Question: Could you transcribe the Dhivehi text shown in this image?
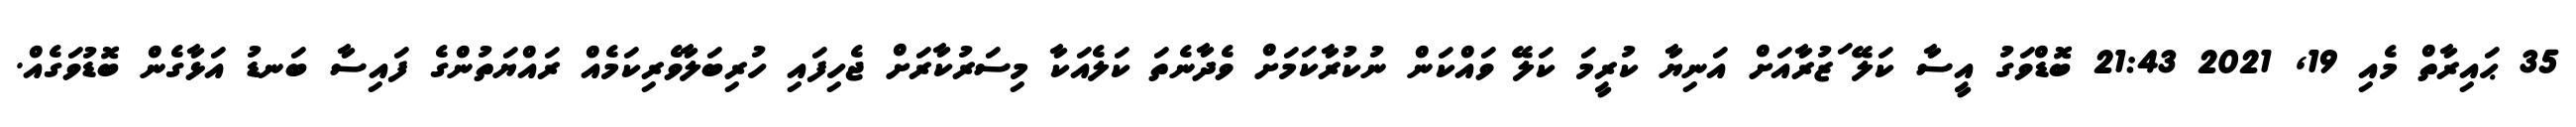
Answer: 35 ޙައިރާތް މެއި 19, 2021 21:43 ބޮޑްވަގު އީސާ ކަލޭ ަޒުރާއަށް އަނިޔާ ކުރީމަ ކަލޭ ވައްކަން ނުކުރާކަމަށް ވެދާނެތަ ކަލެއަކާ މިސަރުކާރަށް ޖެހިފައި ހުރިބަލާވެރިކަމެއް ރައްޔަތުންގެ ފައިސާ ބަނޑު އަޅާގެން ބޮޑުވަގެއް.